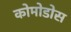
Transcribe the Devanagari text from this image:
कोमोडोस